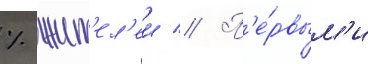
% жит'ел'еи // П'е́рвым'и